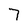
Character: 7